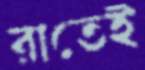
রাতেই